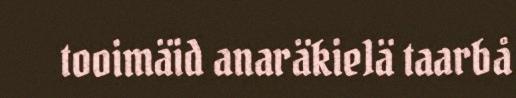
tooimäid anaräkie1ä taarbå